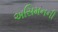
અસિમનની